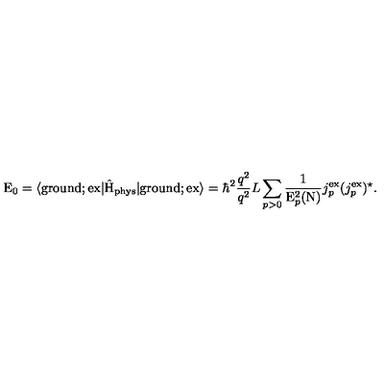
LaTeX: \mathrm { E } _ { 0 } = \langle \mathrm { g r o u n d } ; \mathrm { e x } | \hat { \mathrm { H } } _ { \mathrm { p h y s } } | \mathrm { g r o u n d } ; \mathrm { e x } \rangle = { \hbar } ^ { 2 } \frac { q ^ { 2 } } { q ^ { 2 } } { L } \sum _ { p > 0 } \frac { 1 } { \mathrm { E } _ { p } ^ { 2 } ( \mathrm { N } ) } j _ { p } ^ { \mathrm { e x } } ( j _ { p } ^ { \mathrm { e x } } ) ^ { \star } .